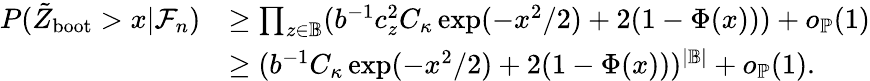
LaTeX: \begin{array}{rl}{P(\tilde{Z}_{\mathrm{boot}}>x|\mathcal{F}_{n})}&{\geq\prod_{z\in\mathbb{B}}(b^{-1}c_{z}^{2}C_{\kappa}\exp(-x^{2}/2)+2(1-\Phi(x)))+o_{\mathbb{P}}(1)}\\ &{\geq(b^{-1}C_{\kappa}\exp(-x^{2}/2)+2(1-\Phi(x)))^{|\mathbb{B}|}+o_{\mathbb{P}}(1).}\end{array}